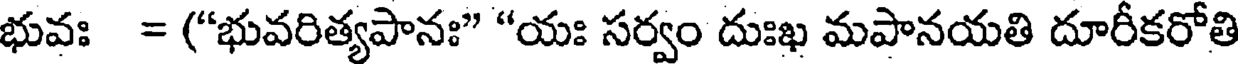
భువః = ("భువరిత్యపానః" "యః సర్వం దుఃఖ మపానయతి దూరీకరోతి